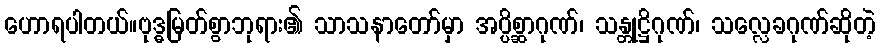
ဟောရပါတယ်။ဗုဒ္ဓမြတ်စွာဘုရား၏ သာသနာတော်မှာ အပ္ပိစ္ဆာဂုဏ်၊ သန္တုဋ္ဌိဂုဏ်၊ သလ္လေခဂုဏ်ဆိုတဲ့